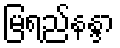
မြရည်နန္ဒာ